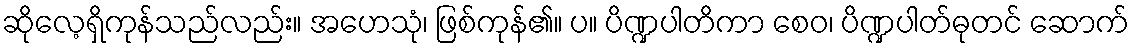
ဆိုလေ့ရှိကုန်သည်လည်း။ အဟေသုံ၊ ဖြစ်ကုန်၏။ ပ။ ပိဏ္ဍပါတိကာ စေဝ၊ ပိဏ္ဍပါတ်ဓုတင် ဆောက်